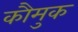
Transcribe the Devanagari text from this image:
कौमुक